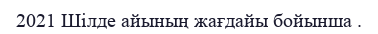
2021 Шілде айының жағдайы бойынша .